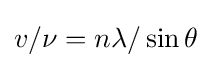
v/\nu =n\lambda /\sin \theta